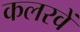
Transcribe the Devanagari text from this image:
कलरवें